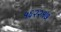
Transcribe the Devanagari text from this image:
५६२२१७